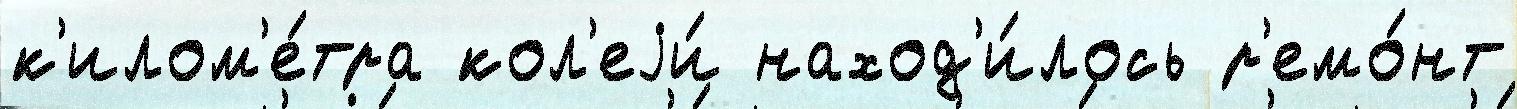
к'илом'е́тра кол'еjи́ наход'и́лось р'емо́нт